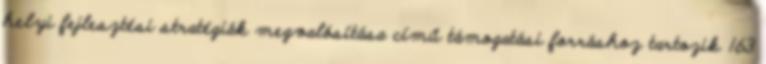
helyi fejlesztési stratégiák megvalósítása című támogatási forráshoz tartozik 163